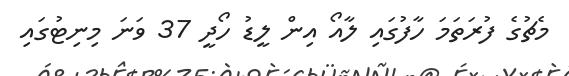
މެޗުގެ ފުރަތަމަ ހާފުގައި ލާއޯ އިން ލީޑު ހޯދީ 37 ވަނަ މިނިޓުގައި